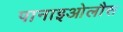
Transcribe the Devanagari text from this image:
पानाइओलौस